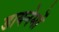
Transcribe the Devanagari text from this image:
डायनेमों